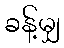
ခန့်မျှ